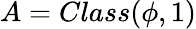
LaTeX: A=Class(\phi,1)